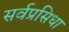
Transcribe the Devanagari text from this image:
सर्वप्रसिधा